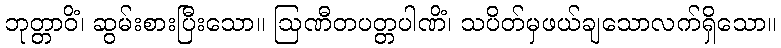
ဘုတ္တာဝိံ၊ ဆွမ်းစားပြီးသော။ ဩဏီတပတ္တပါဏိံ၊ သပိတ်မှဖယ်ချသောလက်ရှိသော။